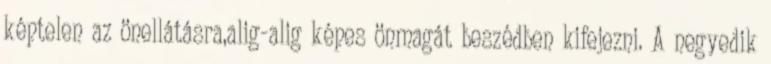
képtelen az önellátásra,alig-alig képes önmagát beszédben kifejezni. A negyedik